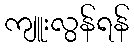
ကျူးလွန်ရန်